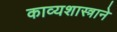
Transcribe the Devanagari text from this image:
काव्यशास्त्राने